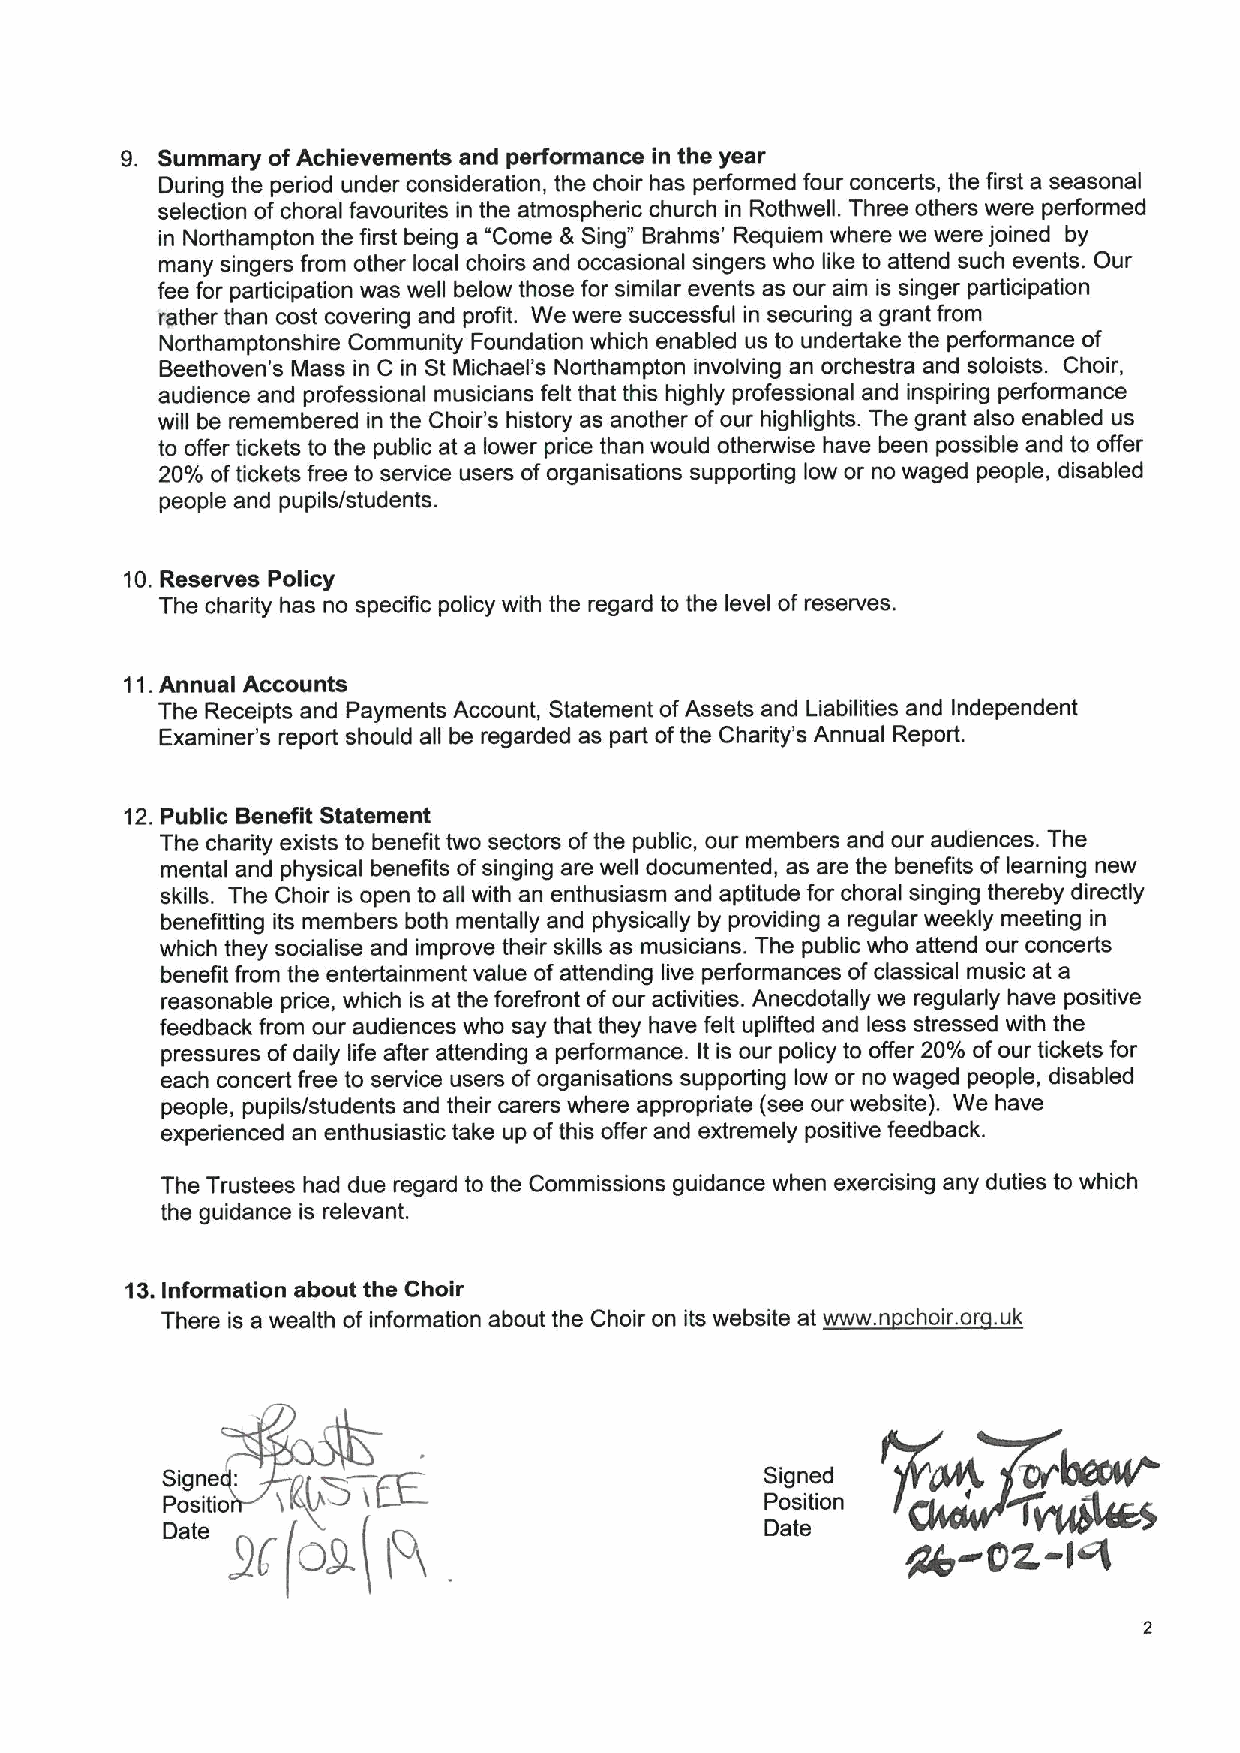
Summary ofAchievements and performance in the year
 During the period under consideration, the choir has performed four concerts, the first a seasonal
 selection of choral favourites in the atmospheric church in Rothwell. Three others were performed
 in Northampton the first being a "Come &Sing" Brahms' Requiem where we were joined by
 many singers from other local choirs and occasional singers who like to attend such events. Our
 fee for participation was well below those for similar events as our aim is singer participation
 rather than cost covering and profit. We were successful in securing a grant from
 Northamptonshire Community Foundation which enabled us to undertake the performance of
 Beethoven's Mass in C in St Michael's Northampton involving an orchestra and soloists. Choir,
 audience and professional musicians felt that this highly professional and inspiring performance
 will be remembered in the Choir's history as another ofour highlights. The grant also enabled us
 to offer tickets to the public at a lower price than would otherwise have been possible and to offer
 20% oftickets free to service users of organisations supporting low or no waged people, disabled
 people and pupils/students.
 10.Reserves Policy
 The charity has no specific policy with the regard to the level of reserves.
 11.Annual Accounts
 The Receipts and Payments Account, Statement ofAssets and Liabilities and Independent
 Examiner's report should all be regarded as part ofthe Charity's Annual Report.
 12.Public Benefit Statement
 The charity exists to benefit two sectors ofthe public, our members and our audiences. The
 mental and physical benefits ofsinging are well documented, as are the benefits of learning new
 skills. The Choir is open to all with an enthusiasm and aptitude for choral singing thereby directly
 benefitting its members both mentally and physically by providing a regular weekly meeting in
 which they socialise and improve their skills as musicians. The public who attend our concerts
 benefit from the entertainment value ofattending live performances ofclassical music at a
 reasonable price, which is at the forefront ofour activities. Anecdotally we regularly have positive
 feedback from our audiences who say that they have felt uplifted and less stressed with the
 pressures ofdaily life after attending a performance. It is our policy to offer 20% ofour tickets for
 each concert free to service users oforganisations supporting low or no waged people, disabled
 people, pupils/students and their carers where appropriate (see our website). We have
 experienced an enthusiastic take up ofthis offer and extremely positive feedback.
 The Trustees had due regard to the Commissions guidance when exercising any duties to which
 the guidance is relevant.
 13.Information about the Choir
 There is a wealth of information about the Choir on its website at www. n choir.or .uk
 S'ig                                    Signed
 Position
 -ld
 N,